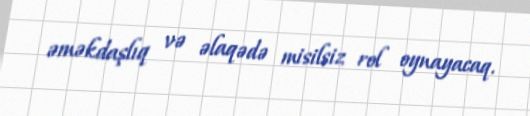
əməkdaşlıq və əlaqədə misilsiz rol oynayacaq.